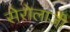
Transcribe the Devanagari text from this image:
सेरोलाजी